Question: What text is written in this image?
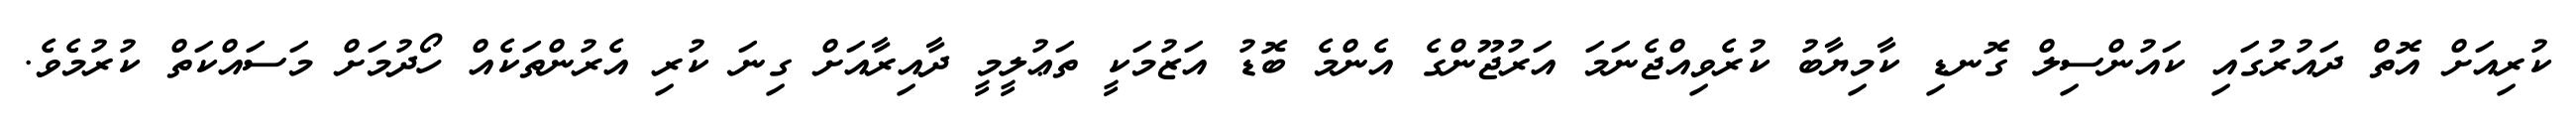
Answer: ކުރިއަށް އޮތް ދައުރުގައި ކައުންސިލް ގޮނޑި ކާމިޔާބު ކުރެވިއްޖެނަމަ އަރުޖޫންގެ އެންމެ ބޮޑު އަޒުމަކީ ތަޢުލީމީ ދާއިރާއަށް ގިނަ ކުރި އެރުންތަކެއް ހޯދުމަށް މަސައްކަތް ކުރުމެވެ.